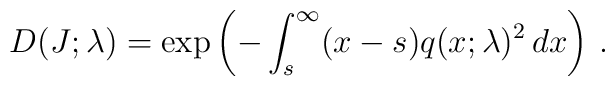
D(J;\lambda)  = \exp\left( -  \int_s^\infty  (x-s) q(x;\lambda)^2  \, dx\right)  \, .